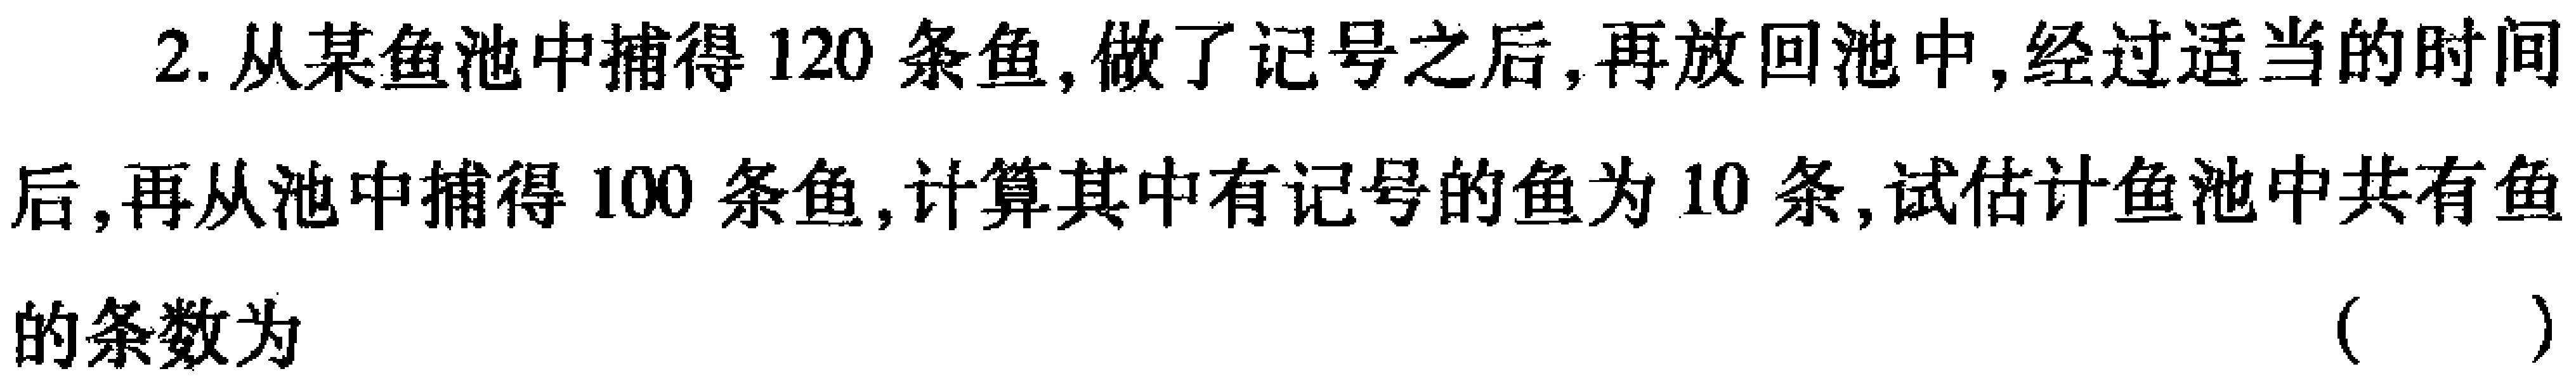
2. 从某鱼池中捕得 \(120\) 条鱼, 做了记号之后, 再放回池中, 经过适当的时间后, 再从池中捕得 \(100\) 条鱼, 计算其中有记号的鱼为 \(10\) 条, 试估计鱼池中共 有鱼的条数为 （  ）